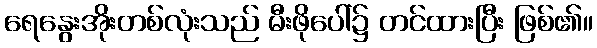
ရေနွေးအိုးတစ်လုံးသည် မီးဖိုပေါ်၌ တင်ထားပြီး ဖြစ်၏။